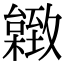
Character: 𦥐